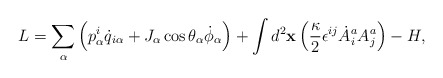
\begin{align*}L = \sum_\alpha\left(p^i_\alpha \dot q_{i\alpha} + J_\alpha\cos \theta_\alpha \dot \phi_\alpha\right) +\int d^2{\bf x}\left({\kappa\over 2}\epsilon^{ij}\dot A^a_i A^a_j\right) - H,\end{align*}